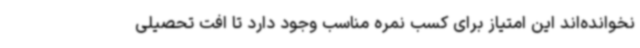
نخوانده‌اند این امتیاز برای کسب نمره مناسب وجود دارد تا افت تحصیلی